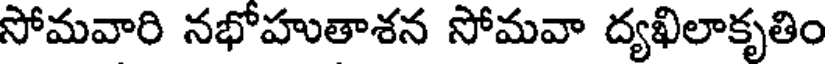
సోమవారి నభోహుతాశన సోమవా ద్యఖిలాకృతిం